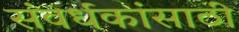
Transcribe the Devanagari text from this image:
संवर्धकांसाठी